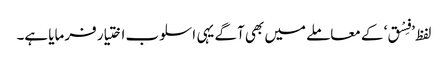
لفظ ’فِسْق‘ کے معاملے میں بھی آگے یہی اسلوب اختیار فرمایا ہے۔